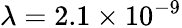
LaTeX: \lambda=2.1\times 10^{-9}